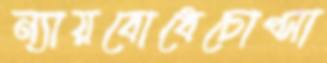
ন্যায়বোধেচোপ্‌সা